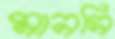
মানসি